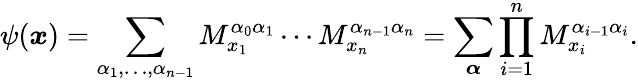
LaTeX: \psi(\boldsymbol{x})=\sum_{\alpha_{1},\dots,\alpha_{n-1}}M_{x_{1}}^{\alpha_{0}\alpha_{1}}\cdots M_{x_{n}}^{\alpha_{n-1}\alpha_{n}}=\sum_{\boldsymbol{\alpha}}\prod_{i=1}^{n}M_{x_{i}}^{\alpha_{i-1}\alpha_{i}}.